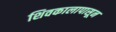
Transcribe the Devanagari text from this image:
शिवकालापासून